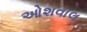
ઓશવાલ